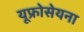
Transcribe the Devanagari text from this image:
यूफ्रोसेयना